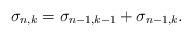
LaTeX: \begin{align*} \sigma_{n,k} = \sigma_{n-1,k-1} + \sigma_{n-1,k}.\end{align*}